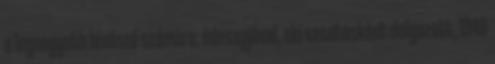
a legnagyobb hívószó számára: édesapjával, aki vasutasként dolgozott, 1940